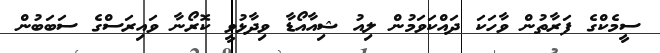
ސީމެކްގެ ފަރާތުން ވާހަކަ ދައްކަވަމުން ލިއު ޝިއާއޯޑާ ވިދާޅުވީ ކޮރޯނާ ވައިރަސްގެ ސަބަބުން